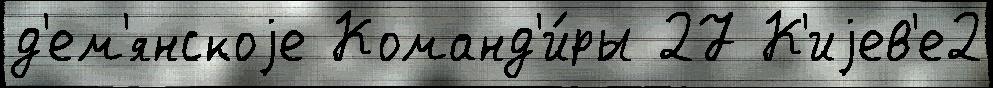
д'ем'янскоjе Команд'и́ры 27 К'иjев'е2